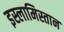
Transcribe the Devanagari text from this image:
इस्लामिस्तान